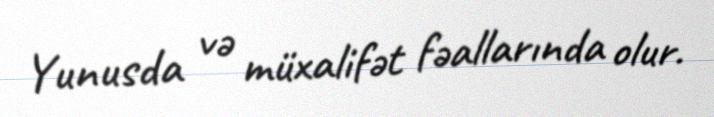
Yunusda və müxalifət fəallarında olur.